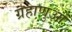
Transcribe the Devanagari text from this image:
ग्रहाणुओं